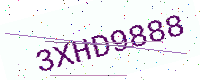
Text: 3XHD9888